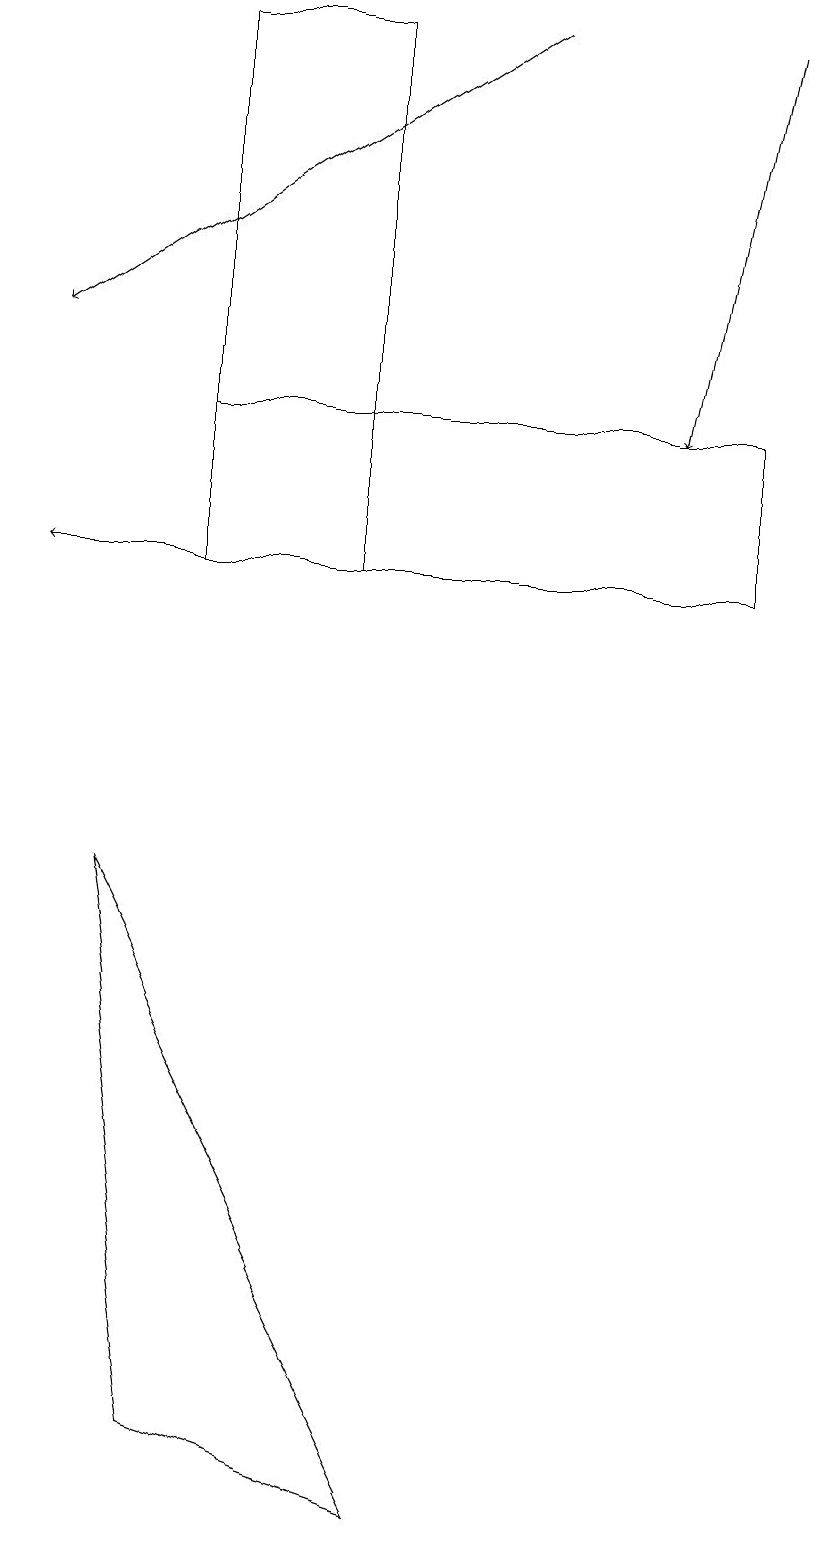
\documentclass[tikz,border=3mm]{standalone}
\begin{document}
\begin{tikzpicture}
\draw[->] (9,19) -- (8,14);
\draw (2,14) rectangle (9,12);
\draw (1,8) -- (5,0) -- (2,1) -- cycle;
\draw[->] (6,19) -- (0,15);
\draw (2,19) rectangle (4,12);
\draw[->] (5,12) -- (0,12);
\draw (10,10) circle (0);
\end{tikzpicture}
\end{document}